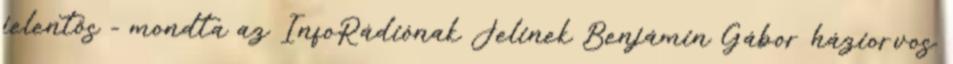
jelentős - mondta az InfoRádiónak Jelinek Benjámin Gábor háziorvos.